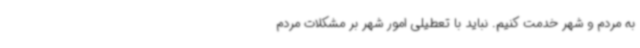
به مردم و شهر خدمت کنیم. نباید با تعطیلی امور شهر بر مشکلات مردم